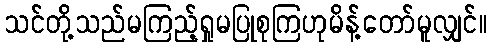
သင်တို့သည်မကြည့်ရှုမပြုစုကြဟုမိန့်တော်မူလျှင်။